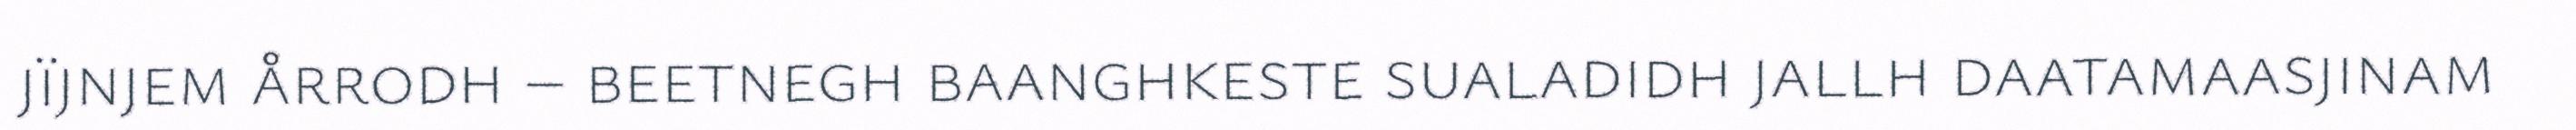
jïjnjem årrodh – beetnegh baanghkeste sualadidh jallh daatamaasjinam